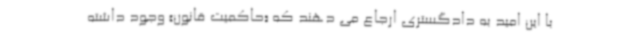
با این امید به دادگستری ارجاع می دهند که «حاکمیت قانون» وجود داشته